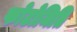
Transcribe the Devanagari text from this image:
फोटोमिति